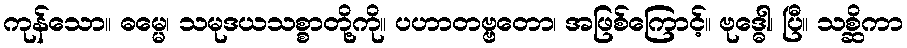
ကုန်သော။ ဓမ္မေ၊ သမုဒယသစ္စာတို့ကို။ ပဟာတဗ္ဗတော၊ အဖြစ်ကြောင့်။ ဗုဒ္ဓေါ၊ ပြီ။ သစ္ဆိကာ